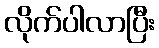
လိုက်ပါလာပြီး